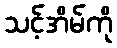
သင့်အိမ်ကို